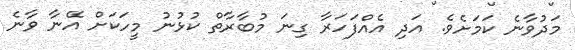
މަދުވާނެ ކަމަށެވެ. އަދި އެއްފަހަރާ ގިނަ މުބާރާތް ކުޅުނު މީހަކަށް އޭނާ ވާނެ